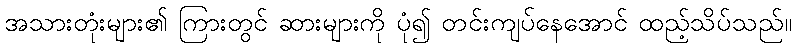
အသားတုံးများ၏ ကြားတွင် ဆားများကို ပုံ၍ တင်းကျပ်နေအောင် ထည့်သိပ်သည်။